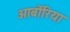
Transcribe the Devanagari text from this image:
आर्बोरिया